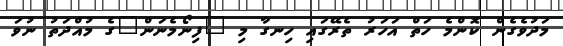
މަދުވެގެން ކޮންމެ ހަތް އަހަރު ތެރޭގައި ހިނގާ މި "ފިނޯމެނަން"ގެ މުއްދަތު ނުވަ